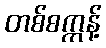
တစ်စက္ကန့်